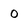
Character: 0